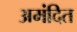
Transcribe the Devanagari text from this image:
अमंदित